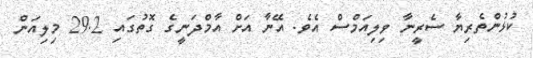
ކުޅުންތެރިޔާ ސެރީނާ ވިލިއަމްސް އެވެ. އޭނާ އަށް އާމްދަނީގެ ގޮތުގައި 29.2 މިލިއަން